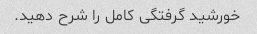
خورشید گرفتگی کامل را شرح دهید.